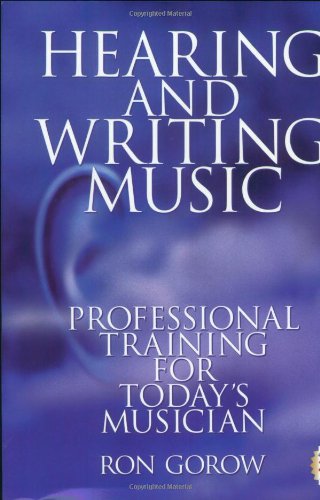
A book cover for Hearing and Writing Music: Professional Training for Today's Musician (2nd Edition); Ron Gorow; Arts & Photography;